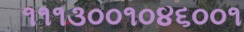
૧૧૧૩૦૦૧૦૪૬૦૦૧